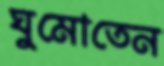
ঘুমোতেন